Civil Veterinary Department. Madras. Admin. report 1910-25 - 1910-1925
Year: 1910
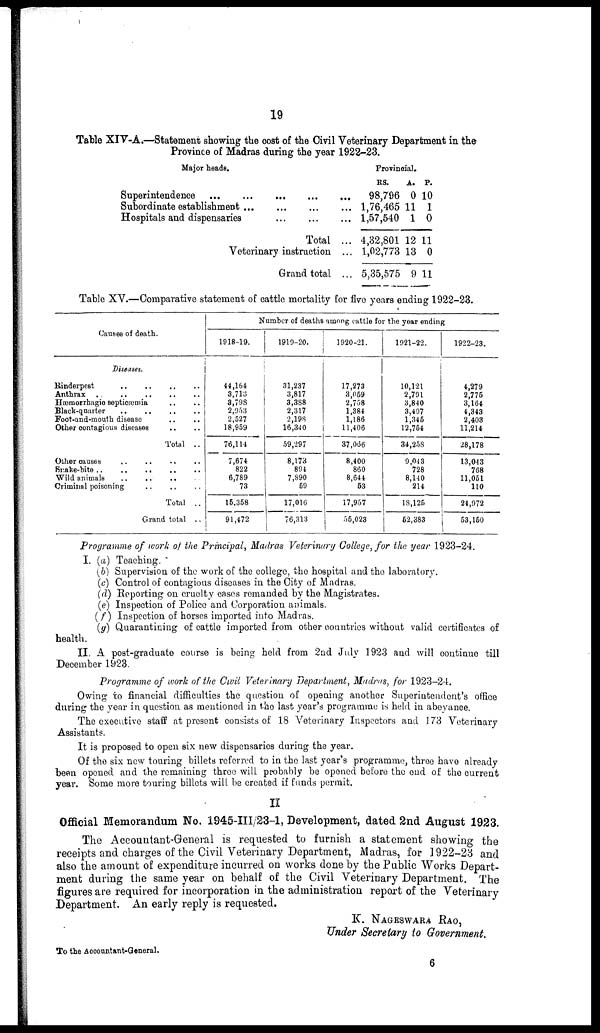
19
Table XIV-A.—Statement showing the cost of the Civil Veterinary Department in the
Province of Madras during the year 1922-23.
Major heads.
Superintendence
Subordinate establishment
Hospitals and dispensaries
Total ...
Veterinary instruction ...
Grand total ...
Provincial.
RS.
98,796
1,76,465
1,57,540
4,32,801
1,02,773
5,35,575
A.
0
11
1
12
13
9
P.
10
1
0
11
0
11
Table XV.—Comparative statement of cattle mortality for five years ending 1922-23.
Causes of death.
Diseases.
Rinderpest .. .. .. ..
Antrax .. .. .. .. ..
Hæmorrhagic septicæmia .. ..
Black-quarter .. .. .. ..
Foot-and-mouth disease
..
..
Other contagious diseases .. ..
Total ..
Other causes .. .. .. ..
Snake-bite ..
..
..
..
..
Wild animals .. .. .. ..
Criminal poisoning .. .. ..
Total ..
Grand total ..
Number of deaths among cattle for the year ending
1918-19.
44,164
3,713
3,798
2,05:5
2,527
18,959
76,114
7,674
822
6,789
73
15,358
91,472
1919-20.
31,237
3,817
3,388
2,317
2,198
16,340
59,297
8,173
894
7,890
59
17,016
76,313
1920-21.
17,273
3,059
2,758
1,384
1,186
11,406
37,066
8,400
860
8,644
53
17,957
55,023
1921-22.
10,121
2,791
3,840
3,407
1,345
12,754
34,258
9,043
728
8,140
214
18,125
52,383
1922-23.
4,279
2,775
3,164
4,343
2,403
11,214
28,178
13,043
768
11,051
110
24,972
53,150
Programme of work of the Principal, Madras Veterinary College, for the year 1923-24.
I. (a) Teaching.
(6) Supervision of the work of the college, the hospital and the laboratory.
(c) Control of contagious diseases in the City of Madras.
(d) Reporting on cruelty cases remanded by the Magistrates.
(e) Inspection of Police and Corporation animals.
(f) Inspection of horses imported into Madras.
(g) Quarantining of cattle imported from other countries without valid certificates of
health.
II. A post-graduate course is being held from 2nd July 1923 and will continue till
December 1923.
Programme of work of the Civil Veterinary Department, Madras, for 1923-24.
Owing to financial difficulties the question of opening another Superintendent's office
during the year in question as mentioned in the last year's programme is held in abeyance.
The executive staff at present consists of 18 Veterinary Inspectors and 173 Veterinary
Assistants.
It is proposed to open six new dispensaries during the year.
Of the six new touring billets referred to in the last year's programme, three have already
been opened and the remaining throe will probably be opened before the end of the current
year. Some more touring billets will be created if funds permit.
II
Official Memorandum No. 1945-III/23-1, Development, dated 2nd August 1923.
The Accountant-General is requested to furnish a statement showing the
receipts and charges of the Civil Veterinary Department, Madras, for 1922-23 and
also the amount of expenditure incurred on works done by the Public Works Depart-
ment during the same year on behalf of the Civil Veterinary Department. The
figures are required for incorporation in the administration report of the Veterinary
Department. An early reply is requested.
K. NAGESWARA .RAO,
Under Secretary to Government.
To the Accountant-General.
6